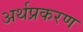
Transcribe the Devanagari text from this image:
अर्थप्रकरण